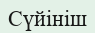
Сүйініш